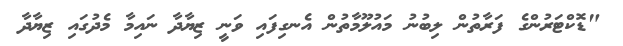
"ޑޮކްޓަރުންގެ ފަރާތުން ލިބުނު މައުލޫމާތުން އެނގިފައި ވަނީ ޒިޔާދާ ނައިމާ މެދުގައި ޒިޔާދާ